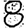
Digit: 8